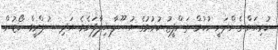
ކުރިއަށް ގެންދަނީ ހުކުމް ތަންފީޒު ކުރުމުގެ އުސޫލާ ޚިލާފަށެވެ. އަދި ސުޕްރީމް ކޯޓުން